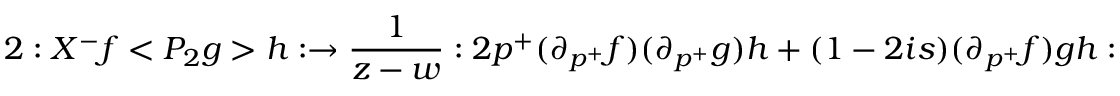
2 : X ^ { - } f < { P _ { 2 } } g > h : \rightarrow \frac 1 { z - w } : 2 p ^ { + } ( \partial _ { p ^ { + } } f ) ( \partial _ { p ^ { + } } g ) h + ( 1 - 2 i s ) ( \partial _ { p ^ { + } } f ) g h :